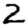
Digit: 2